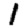
Digit: 1